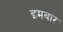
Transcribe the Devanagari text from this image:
इमबार